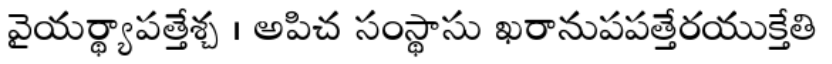
వైయర్థ్యాపత్తేశ్చ । అపిచ సంస్థాసు ఖరానుపపత్తేరయుక్తేతి